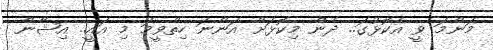
މަންމަ ވީ އެކޮޅުގަ.. ދެން މިކޮޅަށް އަންނަ ހިތްވީމަ މި އައީ.. އިޝާން